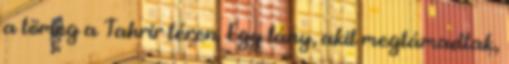
a tömeg a Tahrir téren. Egy lány, akit megtámadtak,